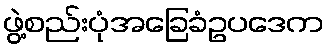
ဖွဲ့စည်းပုံအခြေခံဥပဒေက